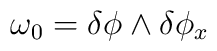
\omega_0 = \delta \phi \wedge \delta \phi_x